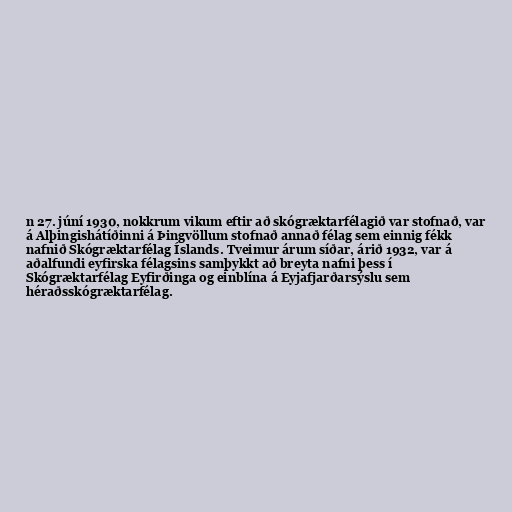
n 27. júní 1930, nokkrum vikum eftir að skógræktarfélagið var stofnað, var
á Alþingishátíðinni á Þingvöllum stofnað annað félag sem einnig fékk
nafnið Skógræktarfélag Íslands. Tveimur árum síðar, árið 1932, var á
aðalfundi eyfirska félagsins samþykkt að breyta nafni þess í
Skógræktarfélag Eyfirðinga og einblína á Eyjafjarðarsýslu sem
héraðsskógræktarfélag.